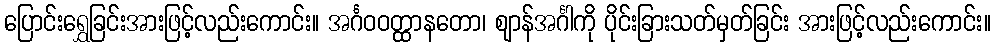
ပြောင်းရွှေခြင်းအားဖြင့်လည်းကောင်း။ အင်္ဂဝဝတ္ထာနတော၊ ဈာန်အင်္ဂါကို ပိုင်းခြားသတ်မှတ်ခြင်း အားဖြင့်လည်းကောင်း။